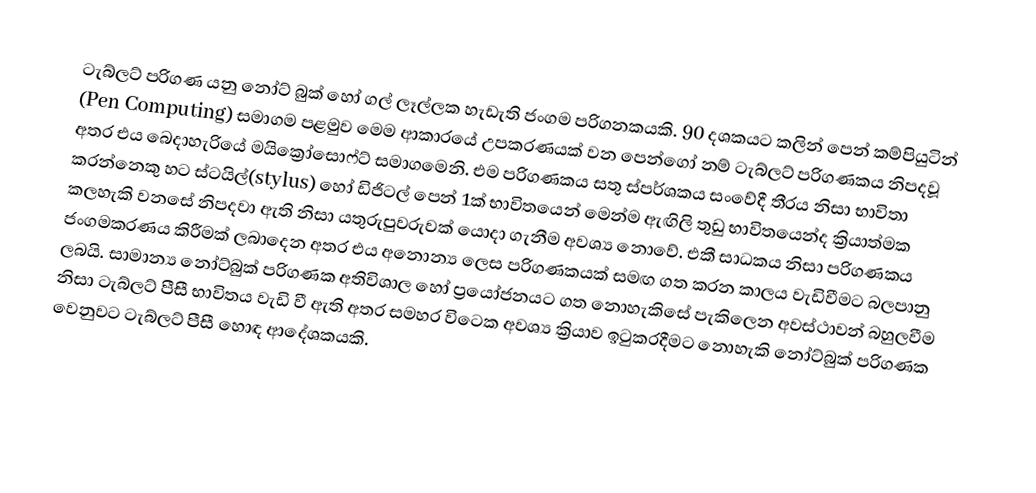
ටැබ්ලට් පරිගණ යනු නෝට් බුක් හෝ ගල් ලෑල්ලක හැඩැති ජංගම පරිගනකයකි. 90 දශකයට  කලින් පෙන් ‍කම්පියුටින් (Pen Computing) සමාගම පළමුව මෙම ආකාරයේ උපකරණයක් වන පෙන්ගෝ නම් ටැබ්ලට් පරිගණකය නිපදවූ අතර එය බෙදාහැරියේ මයික්‍රෝසොෆ්ට් සමාගමෙනි. එම පරිගණකය සතු ස්පර්ශකය සංවේදී තීරය නිසා භාවිතා කරන්නෙකු හට ස්ටයිල්(stylus) හෝ ඩිජිටල් පෙන් 1ක් භාවිතයෙන් මෙන්ම ඇඟිලි තුඩු භාවිතයෙන්ද ක්‍රියාත්මක කලහැකි වනසේ නිපදවා ඇති නිසා යතුරුපුවරුවක් යොදා ගැනීම අවශ්‍ය නොවේ. එකී සාධකය නිසා පරිගණකය ජංගමකරණය කිරීමක් ලබාදෙන අතර එය අනොන්‍ය ලෙස පරිගණකයක් සමඟ ගත කරන කාලය වැඩිවීමට බලපානු ලබයි. සාමාන්‍ය නෝට්බුක් පරිගණක අතිවිශාල හෝ ප්‍රයෝජනයට ගත නොහැකිසේ පැකිලෙන අවස්ථාවන් බහුලවීම නිසා ටැබ්ලට් පීසී භාවිතය වැඩි වී ඇති අතර සමහර විටෙක අවශ්‍ය ක්‍රියාව ඉටුකරදීමට නොහැකි නෝට්බුක් පරිගණක වෙනුවට ටැබ්ලට් පීසී හොඳ ආදේශකයකි.